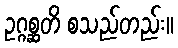
ဥဂ္ဂစ္ဆတိ စသည်တည်း။